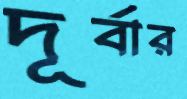
দূর্বার